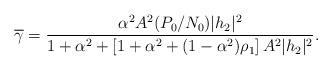
LaTeX: \begin{align*}\overline{\gamma}=\frac{\alpha^2 A^2 (P_0/N_0) |h_2|^2}{1+\alpha^2+\left[1+\alpha^2+(1-\alpha^2)\rho_1 \right] A^2|h_2|^2}.\end{align*}